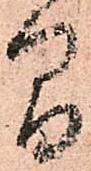
間